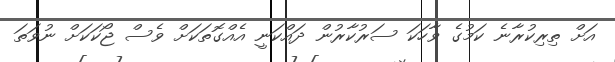
އަށް ތިރިކުރާނެ ކަމުގެ ވާހަކަ ސަރުކާރުން ދައްކަނީ އެއްގޮތަކަށް ވެސް ޖޯކަކަށް ނުވަތަ